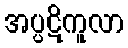
အပ္ပဋိကူလာ